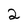
Character: 2